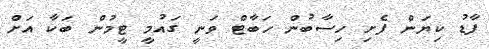
ފާޑު ކިޔަން ފެށި ހިސާބުން ހަބާޓް ވަނީ ގައުމީ ޓީމުން ބަކާ އަށް